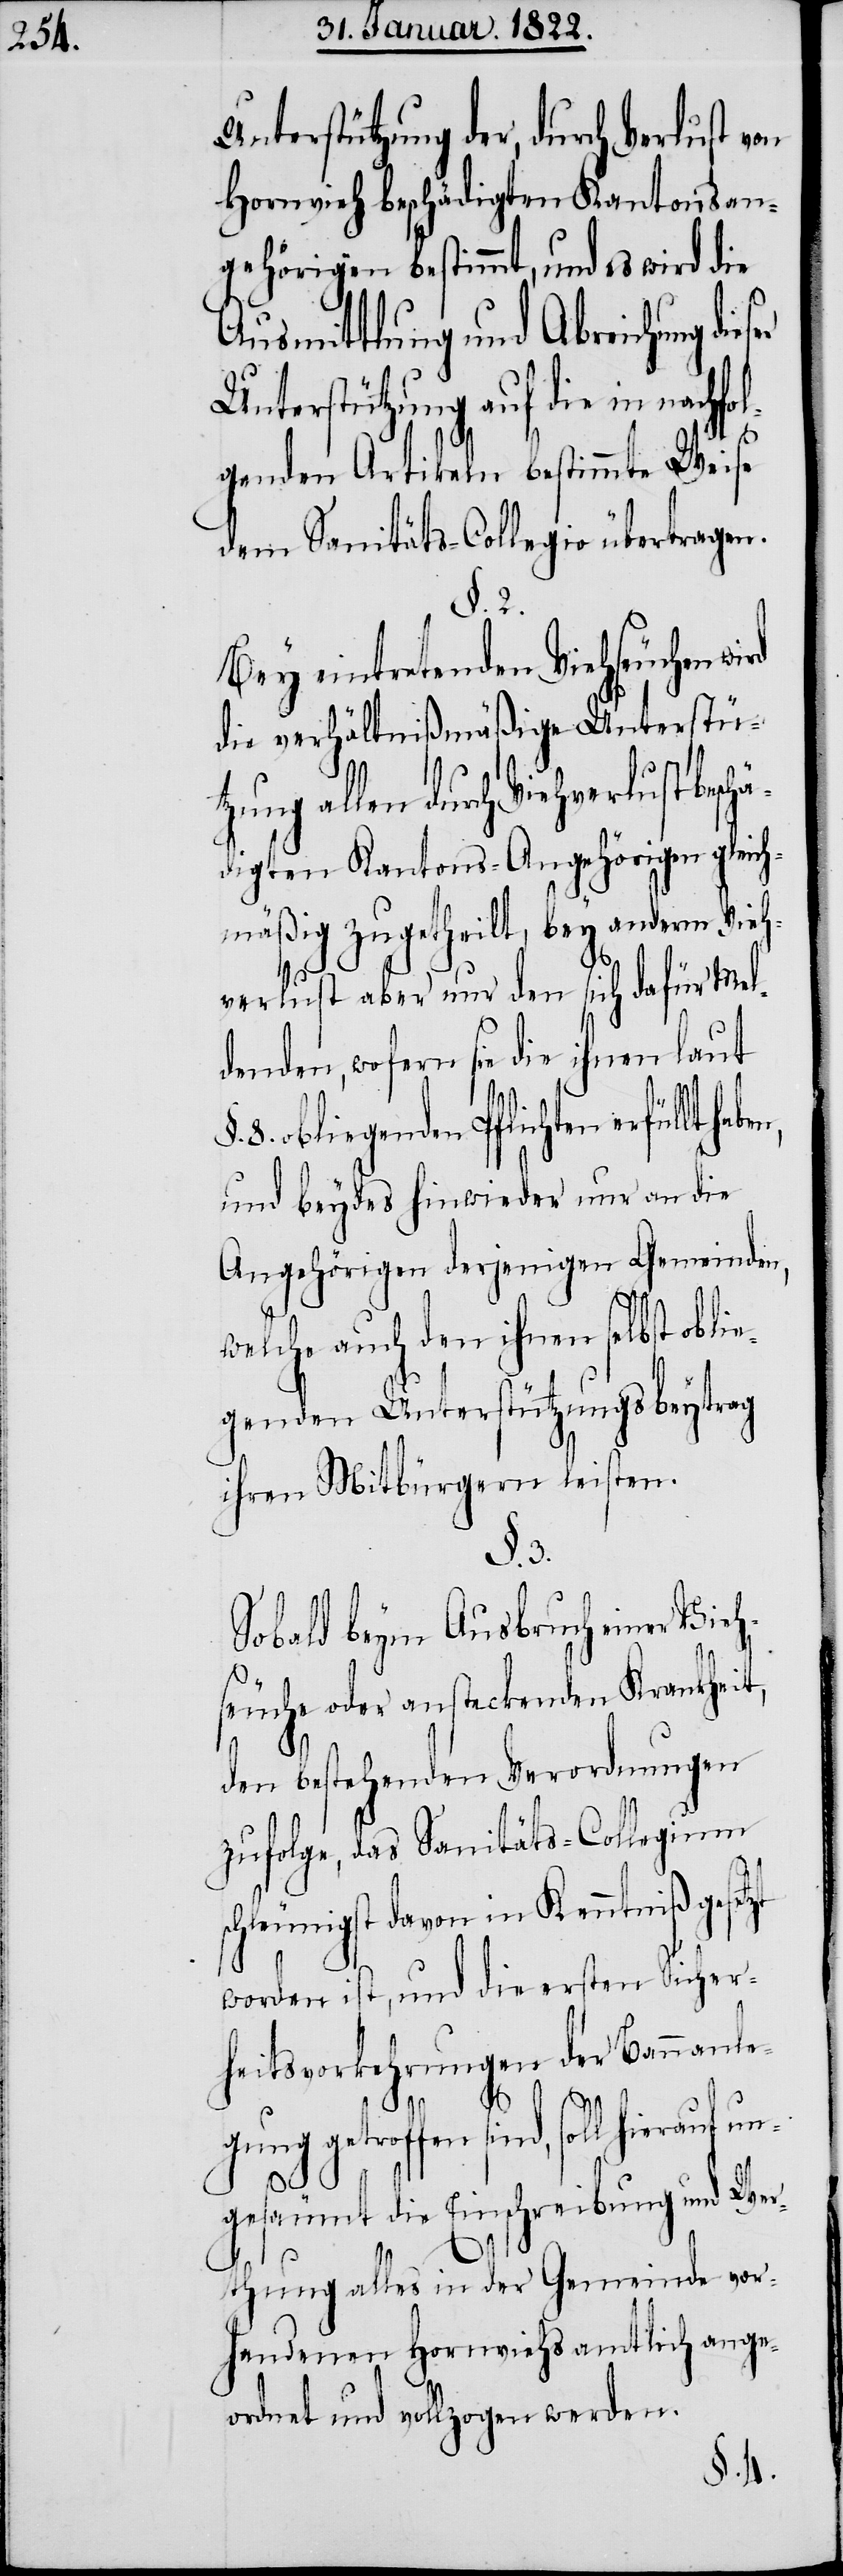
Unterstützung der, durch Verlust von
Hornvieh beschädigten Kantonsan¬
gehörigen bestimmt, und es wird die
Ausmittlung und Abreichung die¬
die in nachfol¬
genden Artikeln bestimmte Weise
dem Sanitäts-Collegio übertragen.
§. 2.
Bey eintretenden Viehseuchen
die verhältnißmäßige Unterstü¬
tzung allen durch Viehverlust be¬
digten Kantons-Angehörigen gleich¬
mäßig zugetheilt, bey anderm Vieh¬
verlust aber nur den sich dafür Mel¬
denden, wofern sie die ihnen laut
8. obliegenden Pflichten erfüllt
und beydes hinwieder nur an die
Angehörigen derjenigen Gemeinden,
welche auch den ihnen selbst obli¬
egenden Unterstützungsbeytrag
ihren Mitbürgern leisten.
§. 3.
Sobald beym Ausbruch einer Vie¬
hseuche oder ansteckenden Krankheit,
den bestehenden Verordnungen
zufolge, das Santitäts-Collegium
schleunigst davon in Kenntniß gesetzt
worden ist, und die ersten Sicher¬
heitsvorkehrungen der Bannanle¬
gung getroffen sind, soll hierauf un¬
schä¬
gesäumt die Einschreibung und Wer¬
thung alles in der Gemeinde vor¬
handenen Hornviehs amtlich ange¬
ordnet und vollzogen werden.